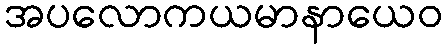
အပလောကယမာနာယေဝ